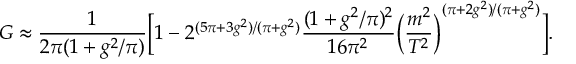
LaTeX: G \approx \frac { 1 } { 2 \pi ( 1 + g ^ { 2 } / \pi ) } \bigg [ 1 - 2 ^ { ( 5 \pi + 3 g ^ { 2 } ) / ( \pi + g ^ { 2 } ) } \frac { ( 1 + g ^ { 2 } / \pi ) ^ { 2 } } { 1 6 \pi ^ { 2 } } \bigg ( \frac { m ^ { 2 } } { T ^ { 2 } } \bigg ) ^ { ( \pi + 2 g ^ { 2 } ) / ( \pi + g ^ { 2 } ) } \bigg ] .